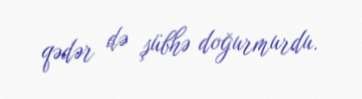
qədər də şübhə doğurmurdu.